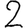
Digit: 2